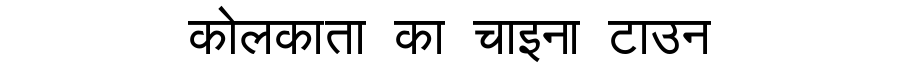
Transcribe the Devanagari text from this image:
कोलकाता का चाइना टाउन